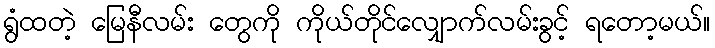
ရွံထတဲ့ မြေနီလမ်း တွေကို ကိုယ်တိုင်လျှောက်လမ်းခွင့် ရတော့မယ်။